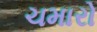
ચમારો